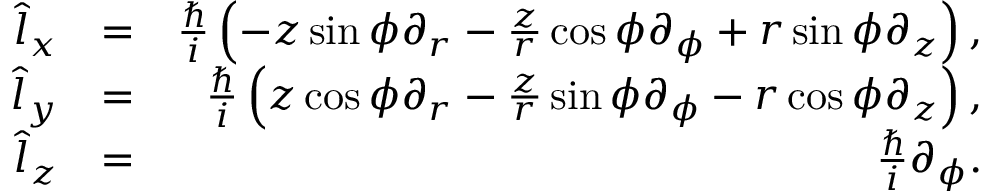
\begin{array} { r l r } { \hat { l } _ { x } } & { = } & { \frac { \hbar } { i } \left( - z \sin \phi \partial _ { r } - \frac { z } { r } \cos \phi \partial _ { \phi } + r \sin \phi \partial _ { z } \right) , } \\ { \hat { l } _ { y } } & { = } & { \frac { \hbar } { i } \left( z \cos \phi \partial _ { r } - \frac { z } { r } \sin \phi \partial _ { \phi } - r \cos \phi \partial _ { z } \right) , } \\ { \hat { l } _ { z } } & { = } & { \frac { \hbar } { i } \partial _ { \phi } . } \end{array}